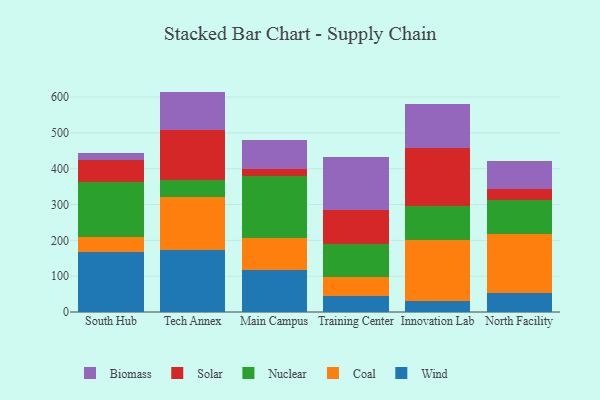
{"axis": {"x": "Campus", "y": "Gross Profit (USD K)"}, "legend": ["Biomass", "Coal", "Nuclear", "Solar", "Wind"], "data": [{"x": "South Hub", "y": 166.1, "type": "Wind"}, {"x": "South Hub", "y": 43.7, "type": "Coal"}, {"x": "South Hub", "y": 152.6, "type": "Nuclear"}, {"x": "South Hub", "y": 60.9, "type": "Solar"}, {"x": "South Hub", "y": 21.6, "type": "Biomass"}, {"x": "Tech Annex", "y": 173.1, "type": "Wind"}, {"x": "Tech Annex", "y": 146.5, "type": "Coal"}, {"x": "Tech Annex", "y": 49.6, "type": "Nuclear"}, {"x": "Tech Annex", "y": 137.7, "type": "Solar"}, {"x": "Tech Annex", "y": 108.2, "type": "Biomass"}, {"x": "Main Campus", "y": 117.6, "type": "Wind"}, {"x": "Main Campus", "y": 90.2, "type": "Coal"}, {"x": "Main Campus", "y": 172.6, "type": "Nuclear"}, {"x": "Main Campus", "y": 18.6, "type": "Solar"}, {"x": "Main Campus", "y": 80.4, "type": "Biomass"}, {"x": "Training Center", "y": 45.4, "type": "Wind"}, {"x": "Training Center", "y": 53.1, "type": "Coal"}, {"x": "Training Center", "y": 91.4, "type": "Nuclear"}, {"x": "Training Center", "y": 94.6, "type": "Solar"}, {"x": "Training Center", "y": 147.8, "type": "Biomass"}, {"x": "Innovation Lab", "y": 31.9, "type": "Wind"}, {"x": "Innovation Lab", "y": 168.6, "type": "Coal"}, {"x": "Innovation Lab", "y": 94.4, "type": "Nuclear"}, {"x": "Innovation Lab", "y": 163.6, "type": "Solar"}, {"x": "Innovation Lab", "y": 122.4, "type": "Biomass"}, {"x": "North Facility", "y": 54.3, "type": "Wind"}, {"x": "North Facility", "y": 164.6, "type": "Coal"}, {"x": "North Facility", "y": 93.7, "type": "Nuclear"}, {"x": "North Facility", "y": 31.6, "type": "Solar"}, {"x": "North Facility", "y": 76.6, "type": "Biomass"}]}